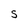
Character: S